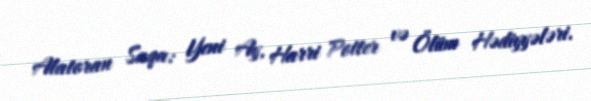
Alatoran Saqa: Yeni Ay, Harri Potter və Ölüm Hədiyyələri.